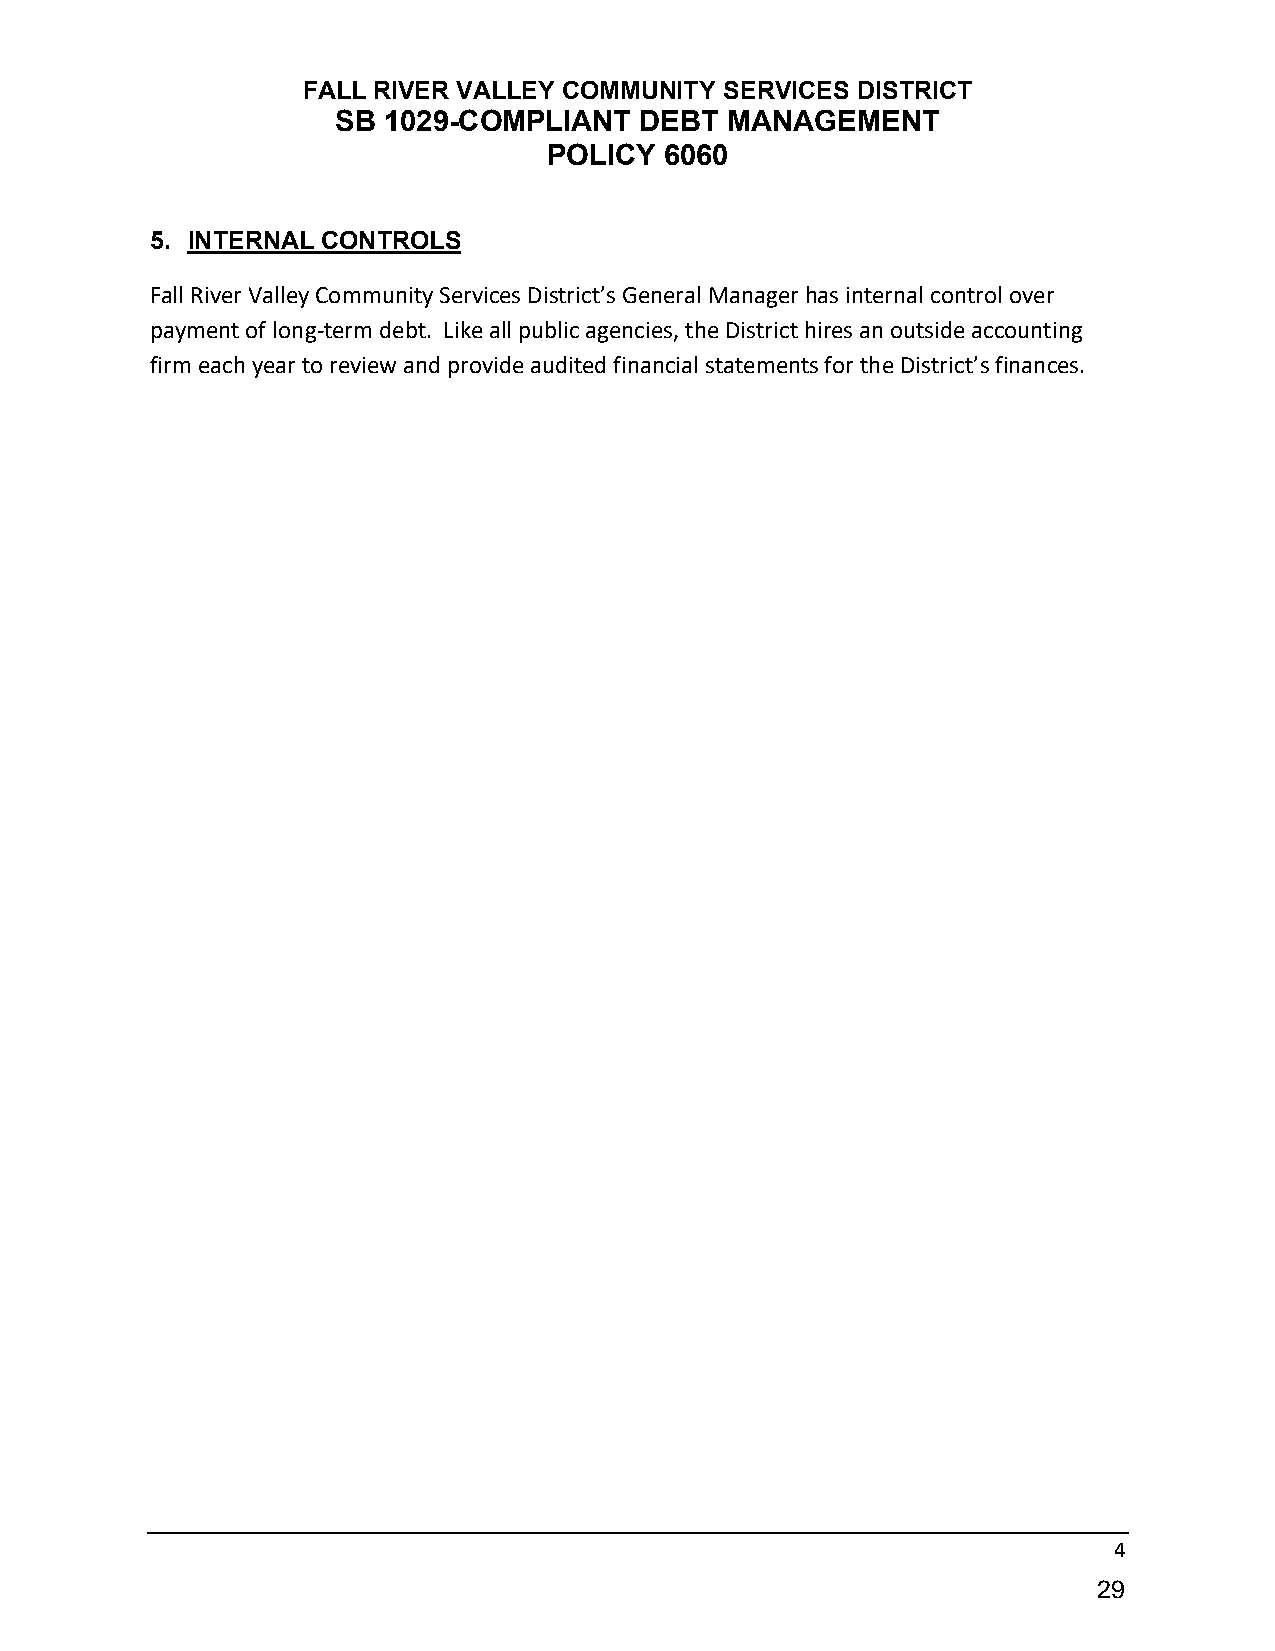
FALL RIVER VALLEY COMMUNITY SERVICES DISTRICT
 SB 1029-COMPLIANT   DEBT  MANAGEMENT
 POLICY  6060
 5. INTERNAL CONTROLS
 Fall River Valley Community Services District’s General Manager has internal control over
 payment of long-term debt. Like all public agencies, the District hires an outside accounting
 firm each year to review and provide audited financial statements for the District’s finances.
 4
 29